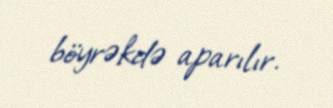
böyrəkdə aparılır.